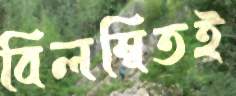
বিলম্বিতই